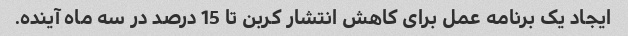
ایجاد یک برنامه عمل برای کاهش انتشار کربن تا 15 درصد در سه ماه آینده.